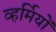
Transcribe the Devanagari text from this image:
व्हर्मियों